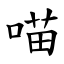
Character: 喵